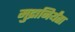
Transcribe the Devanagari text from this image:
मुद्रानिर्यंता